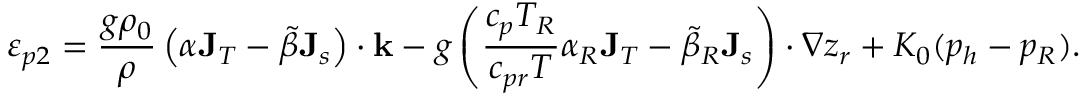
\varepsilon _ { p 2 } = \frac { g \rho _ { 0 } } { \rho } \left( \alpha { \bf J } _ { T } - \tilde { \beta } { \bf J } _ { s } \right) \cdot { \bf k } - g \left( \frac { c _ { p } T _ { R } } { c _ { p r } T } \alpha _ { R } { \bf J } _ { T } - \tilde { \beta } _ { R } { \bf J } _ { s } \right) \cdot \nabla z _ { r } + K _ { 0 } ( p _ { h } - p _ { R } ) .